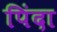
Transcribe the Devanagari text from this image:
पिंदा